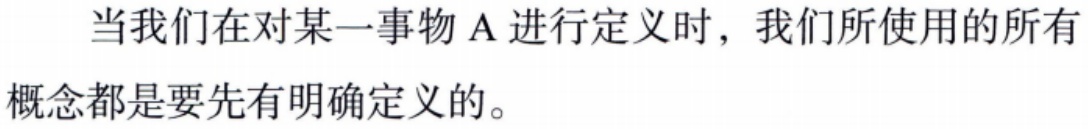
当我们在对某一事物 A 进行定义时，我们所使用的所有概念都是要先有明确定义的。